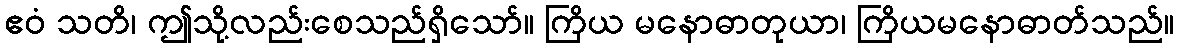
ဧဝံ သတိ၊ ဤသို့လည်းစေသည်ရှိသော်။ ကြိယ မနောဓာတုယာ၊ ကြိယမနောဓာတ်သည်။